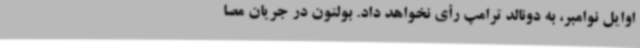
اوایل نوامبر، به دونالد ترامپ رأی نخواهد داد. بولتون در جریان مصا